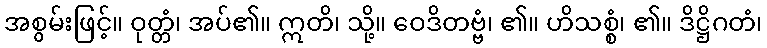
အစွမ်းဖြင့်။ ဝုတ္တံ၊ အပ်၏။ ဣတိ၊ သို့။ ဝေဒိတဗ္ဗံ၊ ၏။ ဟိသစ္စံ၊ ၏။ ဒိဋ္ဌိဂတံ၊